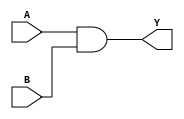
`timescale 1ns / 1ps
//////////////////////////////////////////////////////////////////////////////////

// Module Name: AND

//////////////////////////////////////////////////////////////////////////////////


module AND(
    input A,
    input B,
    output Y
    );
    assign Y = A & B; 
endmodule